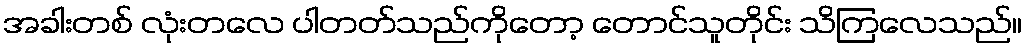
အခါးတစ် လုံးတလေ ပါတတ်သည်ကိုတော့ တောင်သူတိုင်း သိကြလေသည်။